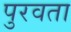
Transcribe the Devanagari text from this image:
पुरवता